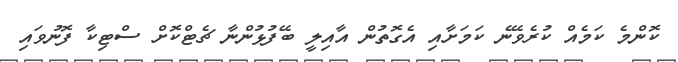
ކޮންމެ ކަމެއް ކުރެވޭނެ ކަމަށާއި އެގޮތުން އާއިލީ ބޭފުޅުންނާ ޗެޓްކޮށް ސްޓިކާ ފޮނުވައި